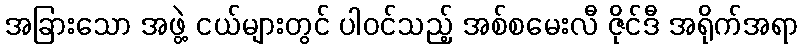
အခြားသော အဖွဲ့ ငယ်များတွင် ပါဝင်သည့် အစ်စမေးလီ ဇိုင်ဒီ အရိုက်အရာ